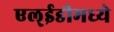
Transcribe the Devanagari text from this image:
एल्‌ईडीमध्ये